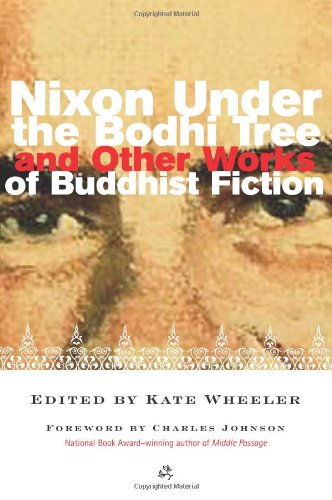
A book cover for Nixon Under the Bodhi Tree and Other Works of Buddhist Fiction; Religion & Spirituality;